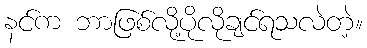
နင်က ဘာဖြစ်လို့ပိုလိုချင်ရသလဲတဲ့။